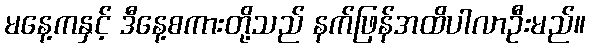
မနေ့ကနှင့် ဒီနေ့စကားတို့သည် နက်ဖြန်အထိပါလာဦးမည်။